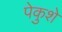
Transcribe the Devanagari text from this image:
पेकुशे